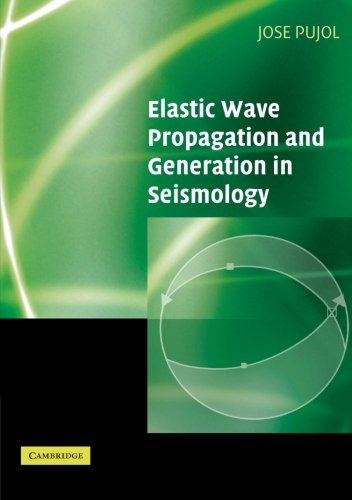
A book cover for Elastic Wave Propagation and Generation in Seismology; Jose Pujol; Science & Math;